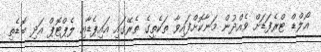
އޯލްޑް ޓްރެފަޑަށް ވެއްދުން މަނާކޮށްފައިވާ ތަކެތީގެ ތެރޭގައި އައިޕެޑާއި ލެޕްޓޮޕް އަދި ބޮޑެތި